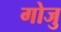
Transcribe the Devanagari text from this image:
गोजु